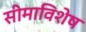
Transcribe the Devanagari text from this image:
सीमाविशेष